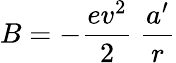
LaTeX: B=-\frac{ev^{2}}{2}\ \frac{a^{\prime}}r